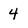
Character: 4